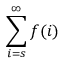
\sum _ { i = s } ^ { \infty } f ( i )